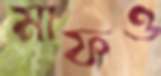
মাফও